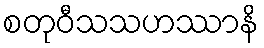
စတုဝီသသဟဿာနိ